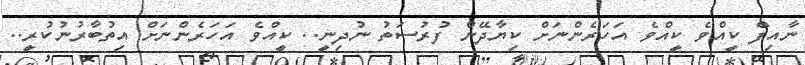
ނާއިފް ކީއްވެ ކީއްވެ އަހަރެންނަށް ކިޔާދޭން ފުރުސަތު ނުދިނީ.. ކީއްވެ އަހަރެންނަށް އިތުބާރުނުކުރީ..